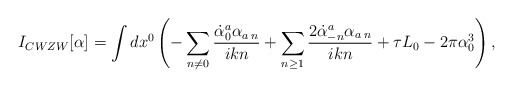
\begin{align*} I_{CWZW}[\alpha]= \int dx^0 \left( - \sum_{n\neq 0} \frac{ \dot{\alpha}_0^a \alpha_{a\:n}}{ikn} + \sum_{n\ge 1} \frac{2 \dot{\alpha}_{-n}^a \alpha_{a\:n}}{ikn}+ \tau L_0 - 2\pi \alpha_0^3 \right),\end{align*}